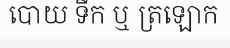
បោយ ទឹក ឬ ត្រឡោក